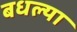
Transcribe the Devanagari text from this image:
बधल्या